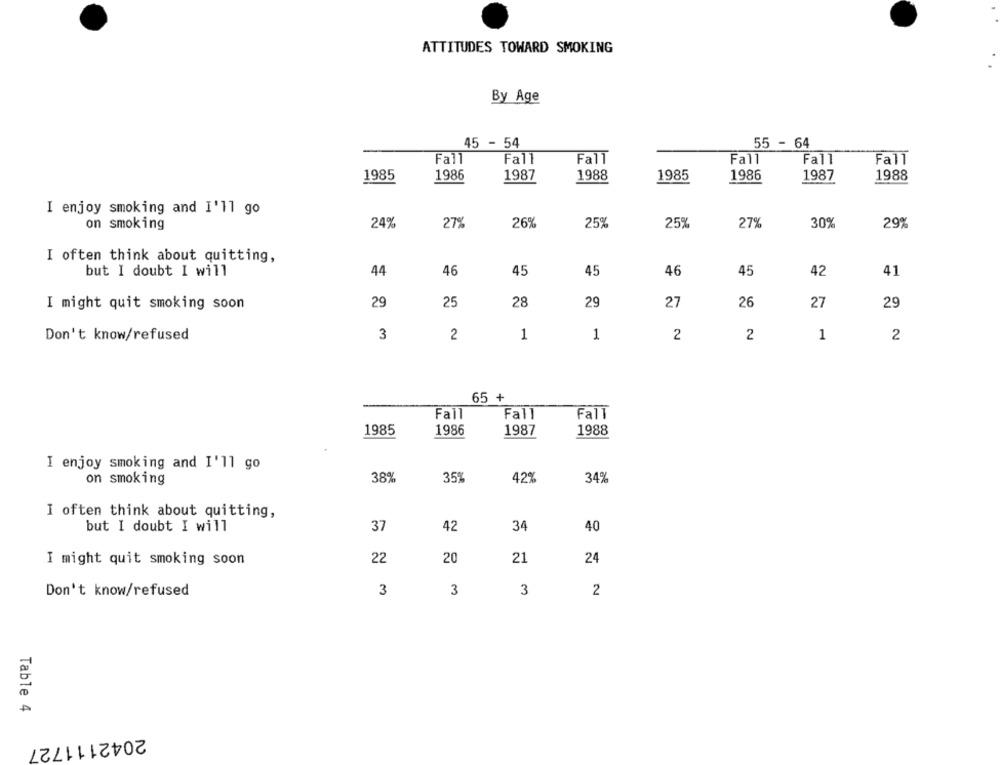
ATTITUDES TOWARD SMOKING
By Age
45 - 54
55 - 64
Fall
Fall
Fall
Fall
Fall
Fall
1985
1986
1987
1988
1985
1986
1987
1988
I enjoy smoking and I'll go
25%
30%
on smoking
24%
27%
26%
25%
27%
29%
I often think about quitting,
but I doubt I will
44
46
45
45
46
45
42
41
I might quit smoking soon
29
25
28
29
27
26
27
29
Don't know/refused
3
2
1
1
2
2
1
2
65 +
Fall
Fall
Fall
1985
1986
1987
1988
I enjoy smoking and I'll go
on smoking
38%
35%
42%
34%
I often think about quitting,
but I doubt I will
37
42
34
40
20
21
24
I might quit smoking soon
22
Don't know/refused
3
3
3
2
Table 4
2042111727